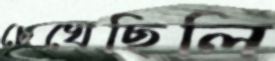
চেখেছিলি